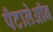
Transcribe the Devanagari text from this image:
पँटालेऑन